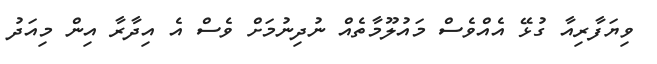
ވިޔަފާރިއާ ގުޅޭ އެއްވެސް މައުލޫމާތެއް ނުދިނުމަށް ވެސް އެ އިދާރާ އިން މިއަދު